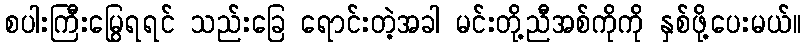
စပါးကြီးမြွေရရင် သည်းခြေ ရောင်းတဲ့အခါ မင်းတို့ညီအစ်ကိုကို နှစ်ဖို့ပေးမယ်။